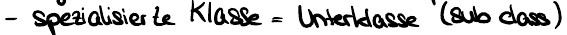
- spezialisierte Klasse = Unterklasse (subclass)